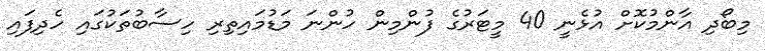
މިބޯދި އާންމުކޮށް އުޅެނީ 40 މީޓަރުގެ ފުންމިން ހުންނަ މަޑުމައިތިރި ހިސާބުތަކުގައި ހެދިފައި